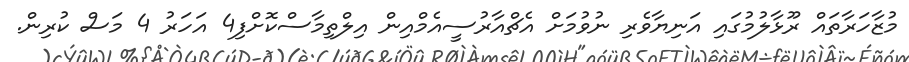
މުޒާހަރާތައް ރޫޅާލުމުގައި އަނިޔާވެރި ނުވުމަށް އެޗްއާރުސީއެމްއިން އިލްތިމާސްކޮށްފި4 އަހަރު 4 މަސް ކުރިން.